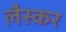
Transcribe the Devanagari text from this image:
लैस्कर